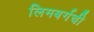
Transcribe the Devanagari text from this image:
लिमबर्गची